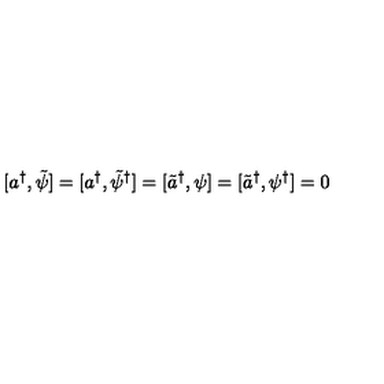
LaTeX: [ a ^ { \dagger } , \tilde { \psi } ] = [ a ^ { \dagger } , \tilde { \psi } ^ { \dagger } ] = [ \tilde { a } ^ { \dagger } , \psi ] = [ \tilde { a } ^ { \dagger } , \psi ^ { \dagger } ] = 0